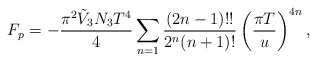
\begin{align*}F_p=-\frac{\pi^2 \tilde{V}_3N_3T^4}{4} \sum_{n=1}\frac{(2n-1)!!}{2^n(n+1)!} \left(\frac{\pi T}{u}\right)^{4n},\end{align*}